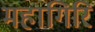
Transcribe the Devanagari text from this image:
महागिरि